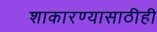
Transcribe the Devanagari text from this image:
शाकारण्यासाठीही